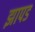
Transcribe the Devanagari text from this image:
झापड